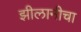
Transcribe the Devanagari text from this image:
झीलानीचा